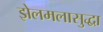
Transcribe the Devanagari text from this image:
झेलमलासुद्धा